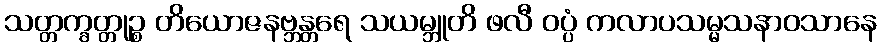
သတ္တက္ခတ္တုဉ္စ တိယောဇနဗ္ဘန္တရေ သယမ္ဘူတိ ဖလီ ဝပ္ပံ ကလာပသမ္မသနာဝသာနေ